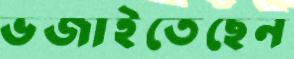
ভজাইতেছেন